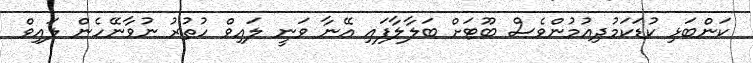
ކަންބަޅި ކުޑަކަމުދިއުމުންވެސް ބޫޓަށް ބަލާލާފައި އޭނާ ވަނީ ލައިވް ހުތުރު ނުވާނޭހެން ލައިވް